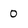
Character: 0